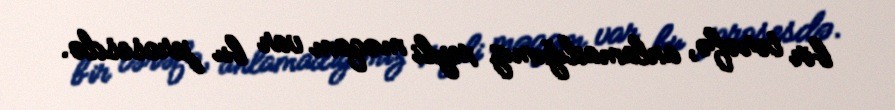
bir tərəfə, anlamadığımız xeyli məqam var bu prosesdə.